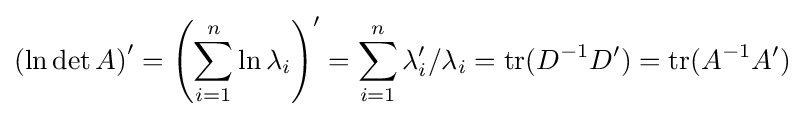
\left(\ln \det A\right)'=\left(\sum _{i=1}^{n}\ln \lambda _{i}\right)'=\sum _{i=1}^{n}\lambda _{i}'/\lambda _{i}=\mathrm {tr} (D^{-1}D')=\mathrm {tr} (A^{-1}A')